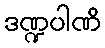
ဒဏ္ဍပါဏိ